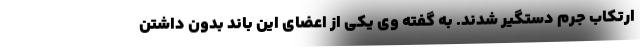
ارتکاب جرم دستگیر شدند. به گفته وی یکی از اعضای این باند بدون داشتن